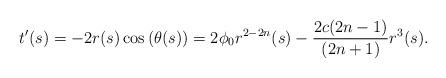
LaTeX: \begin{align*}t'(s)=-2r(s)\cos{\left(\theta(s)\right)}=2\phi_0 r^{2-2n}(s)-\frac{2c(2n-1)}{(2n+1)}r^{3}(s).\end{align*}